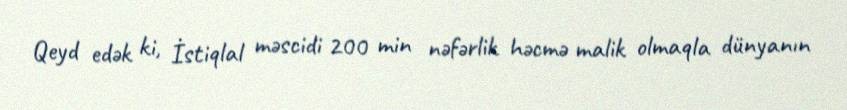
Qeyd edək ki, İstiqlal məscidi 200 min nəfərlik həcmə malik olmaqla dünyanın